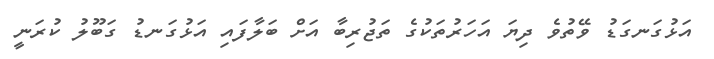
އަޅުގަނގަޑު ވޭތުވެ ދިޔަ އަހަރުތަކުގެ ތަޖުރިބާ އަށް ބަލާފައި އަޅުގަނޑު ގަބޫލު ކުރަނީ